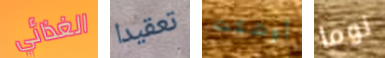
الغذائي تعقيدا أوشكت نوما